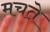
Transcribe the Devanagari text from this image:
मचते